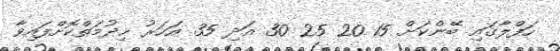
ހަފްލާގައި ބޭންކަށް 15 20 25 30 އަދި 35 އަހަރު ޚިދުމަތްކޮށްފައިވާ